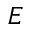
E